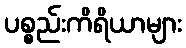
ပစ္စည်းကိရိယာများ